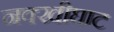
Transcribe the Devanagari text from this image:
नक्खीघाट